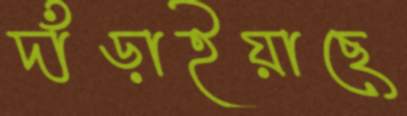
দাঁড়াইয়াছে